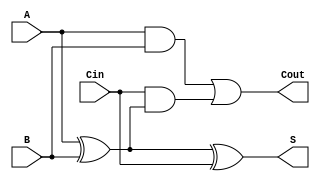
module full_adder (
    input wire A,      // First significant bit
    input wire B,      // Second significant bit
    input wire Cin,    // Carry-in bit
    output wire S,     // Sum output
    output wire Cout   // Carry-out output
);

    // Intermediate wire for the first XOR operation
    wire X;

    // Sum output using XOR gates
    assign X = A ^ B;      // First XOR gate
    assign S = X ^ Cin;    // Second XOR gate for final sum

    // Carry-out output using AND and OR gates
    assign Cout = (A & B) | (Cin & X); // Carry-out logic

endmodule